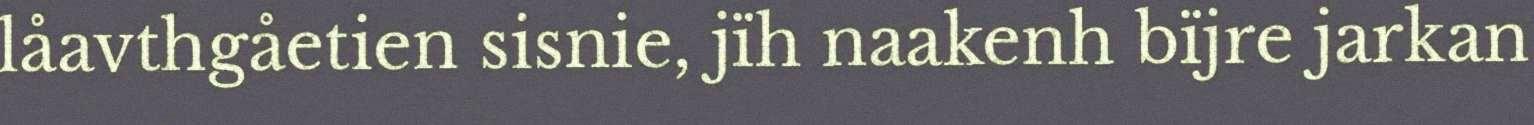
låavthgåetien sisnie, jïh naakenh bïjre jarkan